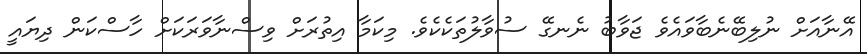
އޭނާއަށް ނުލިބޭނެބާވައެވެ ޖަވާބު ނެނގޭ ސުވާލުތަކެކެވެ. މިކަމާ އިތުރަށް ވިސްނާވަރަކަށް ހާސްކަން ދިޔައީ